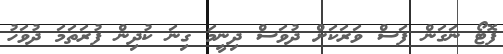
ފޮޓޯ ނަގަން ފަސް ވަރަކަށް ދުވަސް ދިނީމަ ގިނަ ކުދިން ފުރަތަމަ ދުވަހު